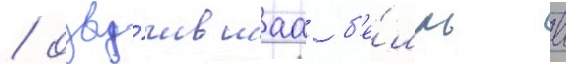
/ озву́чившаа б'е́лль в